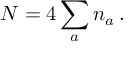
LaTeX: { \cal N } = 4 \sum _ { a } n _ { a } \, .